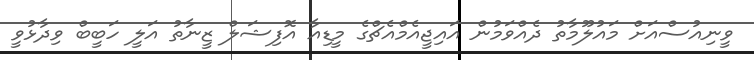
ވީނިއުސްއަށް މައުލޫމާތު ދެއްވަމުން އައިޖީއެމްއެޗްގެ މީޑިއާ އޮފިޝަލް ޒީނާތު އަލީ ހަބީބް ވިދާޅުވީ